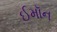
ઈમૉન